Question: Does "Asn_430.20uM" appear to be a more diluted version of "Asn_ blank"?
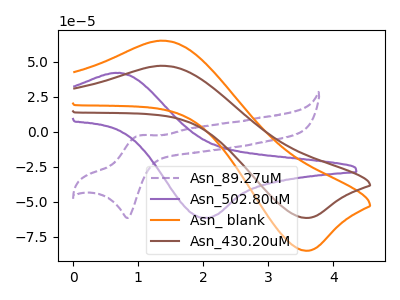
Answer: <think>The purple dashed curve "Asn_89.27uM" has an anodic peak at (1.05V, -2.60uA) and a cathodic peak at (0.85V, -61.65uA). The purple curve "Asn_502.80uM" has an anodic peak at (0.70V, 42.10uA) and a cathodic peak at (2.00V, -61.65uA). The orange curve "Asn_ blank" has an anodic peak at (1.35V, 65.10uA) and a cathodic peak at (3.55V, -85.10uA). The brown curve "Asn_430.20uM" has an anodic peak at (1.35V, 47.15uA) and a cathodic peak at (3.55V, -61.65uA).
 All the peaks in "Asn_430.20uM" have a peak in "Asn_ blank" at the same potential. Every peak in "Asn_430.20uM" is lower than every peak in "Asn_ blank".</think>
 <answer>"Asn_430.20uM" has less signal than "Asn_ blank" and so likely has a lower concentration.</answer>
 <eval>less_concentration</eval>